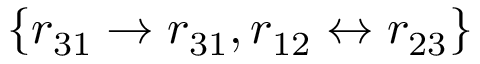
\{ r _ { 3 1 } \rightarrow r _ { 3 1 } , r _ { 1 2 } \leftrightarrow r _ { 2 3 } \}